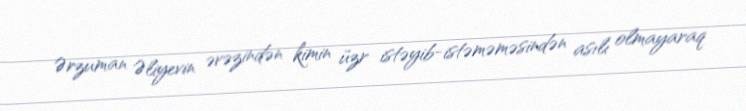
Ərzuman Əliyevin əvəzindən kimin üzr istəyib-istəməməsindən asılı olmayaraq